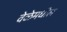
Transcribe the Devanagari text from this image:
वेळेमधील